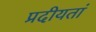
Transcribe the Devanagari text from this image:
प्रदीयतां